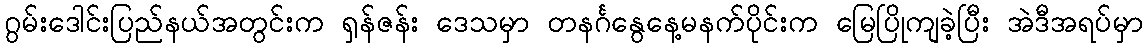
ဂွမ်းဒေါင်းပြည်နယ်အတွင်းက ရှန်ဇန်း ဒေသမှာ တနင်္ဂနွေနေ့မနက်ပိုင်းက မြေပြိုကျခဲ့ပြီး အဲဒီအရပ်မှာ